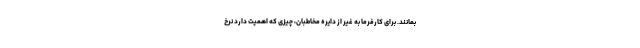
بمانند. برای کارفرما به غیر از دایره مخاطبان، چیزی که اهمیت دارد نرخ